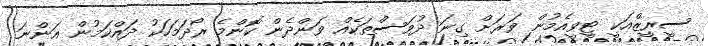
ސީރީޒްއަކީ ޓީވީއެމުން ވަރަށް ގިނަ ދުވަސްތަކެއް ވަންދެން ކޮންމެ ރޯދަމަހަކު ދައްކަމުން އަންނަ